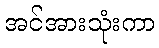
အင်အားသုံးကာ